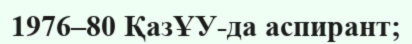
1976–80 ҚазҰУ-да аспирант;